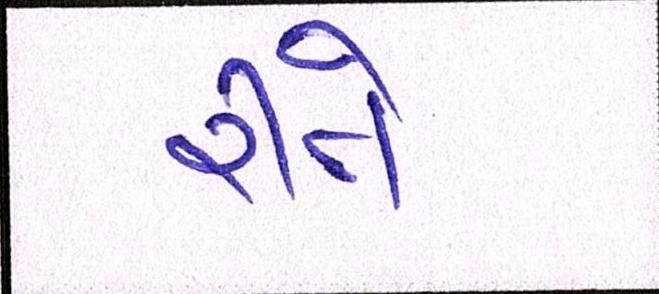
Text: રીતે